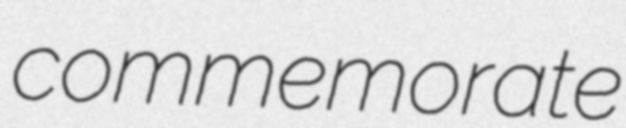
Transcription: commemorate